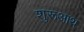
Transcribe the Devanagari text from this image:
शुरूआथ